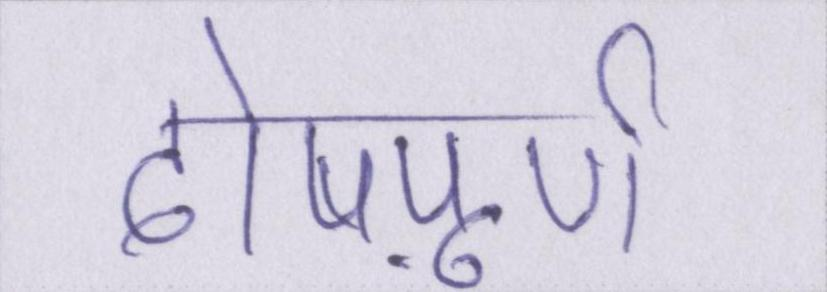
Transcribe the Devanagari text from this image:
दोषपूर्ण